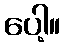
ပေါ့။